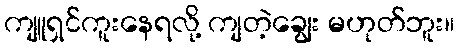
ကျူရှင်ကူးနေရလို့ ကျတဲ့ချွေး မဟုတ်ဘူး။